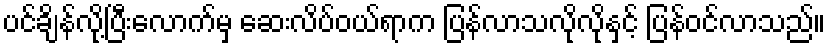
ပင်ချိန်လို့ပြီးလောက်မှ ဆေးလိပ်ဝယ်ရာက ပြန်လာသလိုလိုနှင့် ပြန်ဝင်လာသည်။